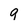
Character: 9